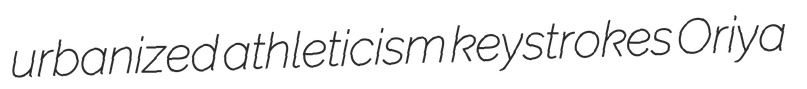
urbanized athleticism keystrokes Oriya